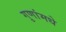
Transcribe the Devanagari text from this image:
गुणांमधे